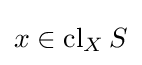
x\in \operatorname {cl} _{X}S